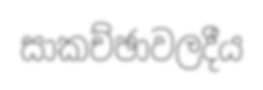
සාකච්ඡාවලදීය